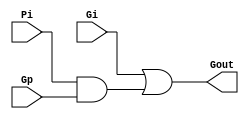
`timescale 1ns / 1ps
//////////////////////////////////////////////////////////////////////////////////
// Company: 
// Engineer: 
// 
// Design Name: 
// Module Name:    ripple_carry_adder 
// Project Name: 
// Target Devices: 
// Tool versions: 
// Description: 
//
// Dependencies: 
//
// Revision: 
// Revision 0.01 - File Created
// Additional Comments: 
//
//////////////////////////////////////////////////////////////////////////////////

module gray_cell(Gi, Pi, Gp, Gout);
	 input Gi, Pi;
	 input Gp;
	 output Gout;
	 
	 assign Gout = Gi | (Pi & Gp);

endmodule


module ripple_carry_adder(
		A, B, cin, 
		sum, cout,
		CLK,
		RESETn
    );
	 
	 parameter bw = 32;
	 
	 input [bw:1] A;
	 input [bw:1] B;
	 input cin;
	 output reg [bw:1] sum;
	 output reg cout;
	 
	 input CLK;
	 input RESETn;
	 
	 
	 wire [bw:0] G;
	 wire [bw:0] P;
	 wire [bw:0] Gout;
	 
	 wire [bw:1] S;
	 // wire [bw:0] Pout; RCA gray cell 
	 
	 assign	G[bw:1] = A & B;
	 assign	P[bw:1] = A ^ B;
	 
	 //P, G part
	 assign Gout[0] = cin;
	 //gray_cell U0(G[0], P[0], cin, Gout[1]);
	 
	 genvar i;
	 generate
		for(i = 1; i <= bw; i=i+1) begin: loop_1
			gray_cell U1(G[i], P[i], Gout[i-1], Gout[i]);
			assign S[i] = P[i] ^ Gout[i-1];
		end
	 endgenerate
	 
	 always@(posedge CLK, negedge RESETn) begin
		if(!RESETn) begin
			sum <= 0;
			cout <= 0;
		end else begin
			sum <= S;
			cout <= Gout[bw];
		end
	 end

endmodule

module pipe_ripple_carry_adder(
		A, B, cin, 
		sum, cout,
		CLK,
		RESETn
    );
	 
	 parameter bw = 32;
	 
	 input [bw:1] A;
	 input [bw:1] B;
	 input cin;
	 output reg [bw:1] sum;
	 output reg cout;
	 
	 input CLK;
	 input RESETn;
	 

	 
	 wire [bw:0] G;
	 wire [bw:0] P;
	 wire [bw:0] Gout;
	 
	 wire [bw:1] S;
	 // wire [bw:0] Pout; RCA gray cell 

	 reg [32:17] p_G;
	 reg [32:17] p_P;
	 reg [32:17] p_S;
	 reg p_Gout;
	 
	 assign	G[16:1] = A[16:1] & B[16:1];
	 assign	P[16:1] = A[16:1] ^ B[16:1];
	 
	 
	 
	 //P, G part
	 assign Gout[0] = cin;
	 //gray_cell U0(G[0], P[0], cin, Gout[1]);
	 
	 genvar i;
	 generate
		for(i = 1; i <= 16; i=i+1) begin: loop_1
			gray_cell U1(G[i], P[i], Gout[i-1], Gout[i]);
			assign S[i] = P[i] ^ Gout[i-1];
		end
		gray_cell U1(p_G[17], p_P[17], p_Gout, Gout[17]);
		assign S[17] = p_P[17] ^ p_Gout;
		for(i = 18; i <= 32; i=i+1) begin: loop_2
			gray_cell U1(p_G[i], p_P[i], Gout[i-1], Gout[i]);
			assign S[i] = p_P[i] ^ Gout[i-1];
		end
	 endgenerate
	 
	 always@(posedge CLK, negedge RESETn) begin
		if(!RESETn) begin
			sum <= 0;
			cout <= 0;
			p_G <= 0;
			p_P <= 0;
			p_S <= 0;
			p_Gout <= 0;
		end else begin
			sum[16:1] <= p_S;
			sum[32:17] <= S[32:17];
			cout <= Gout[bw];
			p_G <= A[32:17] & B[32:17];
			p_P <= A[32:17] ^ B[32:17];
			p_S <= S[16:1];
			p_Gout <= Gout[16];
		end
	 end

endmodule